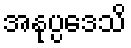
အနုပ္ပဒေသိ